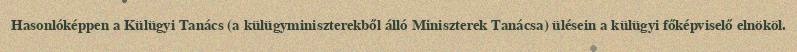
Hasonlóképpen a Külügyi Tanács (a külügyminiszterekből álló Miniszterek Tanácsa) ülésein a külügyi főképviselő elnököl.